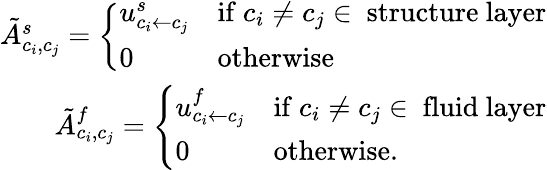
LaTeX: \begin{array}{r}{\tilde{A}_{c_{i},c_{j}}^{s}=\left\{ \begin{array}{ll}{u_{{c_{i}}\leftarrow{c_{j}}}^{s}}&{\mathrm{if~}c_{i}\neq c_{j}\in~\mathrm{structure~layer}}\\ {0}&{\mathrm{otherwise}}\end{array}\right.}\\ {\tilde{A}_{c_{i},c_{j}}^{f}=\left\{ \begin{array}{ll}{u_{{c_{i}}\leftarrow{c_{j}}}^{f}}&{\mathrm{if~}c_{i}\neq c_{j}\in~\mathrm{fluid~layer}}\\ {0}&{\mathrm{otherwise}.}\end{array}\right.}\end{array}